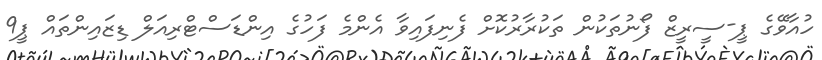
ހުއާވޭގެ ޕީ-ސީރީޒް ފޯނުތަކުން ތަކުރާރުކޮށް ފެނިފައިވާ އެންމެ ފަހުގެ އިންޑަސްޓްރިއަލް ޑިޒައިންތައް ޕީ9